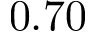
0 . 7 0